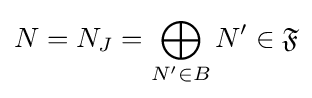
N=N_{J}=\bigoplus _{N'\in B}N'\in {\mathfrak {F}}